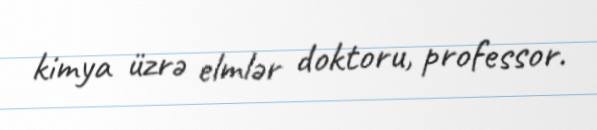
kimya üzrə elmlər doktoru, professor.